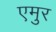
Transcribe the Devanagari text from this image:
एमुर